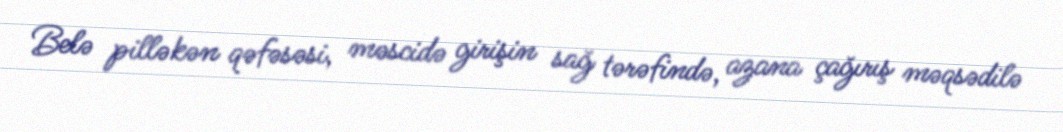
Belə pilləkən qəfəsəsi, məscidə girişin sağ tərəfində, azana çağırış məqsədilə